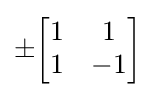
\pm {\begin{bmatrix}1&1\\1&-1\end{bmatrix}}